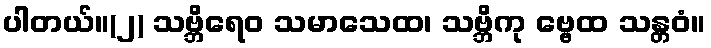
ပါတယ်။(၂) သဗ္ဘိရေဝ သမာသေထ၊ သဗ္ဘိကု ဗ္ဗေထ သန္တဝံ။